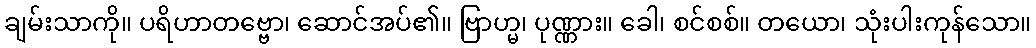
ချမ်းသာကို။ ပရိဟာတဗ္ဗော၊ ဆောင်အပ်၏။ ဗြာဟ္မ၊ ပုဏ္ဏား။ ခေါ၊ စင်စစ်။ တယော၊ သုံးပါးကုန်သော။